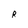
Character: R